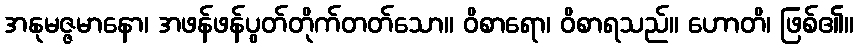
အနုမဇ္ဇမာနော၊ အဖန်ဖန်ပွတ်တိုက်တတ်သော။ ဝိစာရော၊ ဝိစာရသည်။ ဟောတိ၊ ဖြစ်၏။